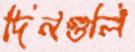
দিনগুলি